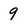
Character: 9